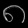
Digit: ၈